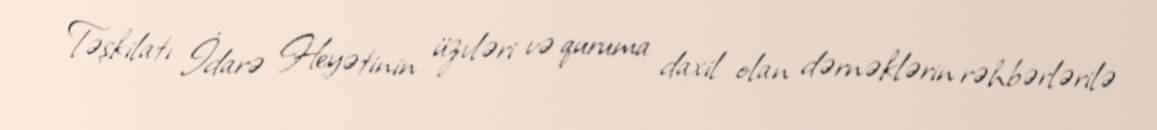
Təşkilatı İdarə Heyətinin üzvləri və quruma daxil olan dərnəklərin rəhbərlərilə